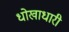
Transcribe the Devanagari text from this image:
धोखाधारी